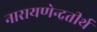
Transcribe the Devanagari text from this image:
नारायणेन्द्रतीर्थ